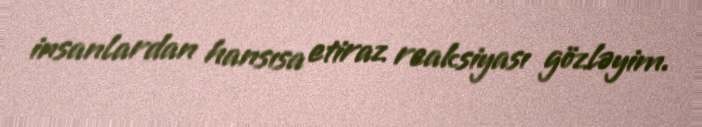
insanlardan hansısa etiraz reaksiyası gözləyim.